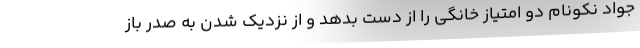
جواد نکونام دو امتیاز خانگی را از دست بدهد و از نزدیک شدن به صدر باز